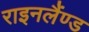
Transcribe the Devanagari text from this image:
राइनलैंण्ड